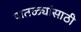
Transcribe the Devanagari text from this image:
पातळ्यांसाठी